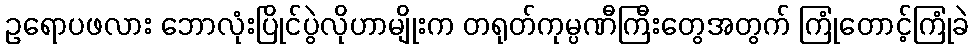
ဥရောပဖလား ဘောလုံးပြိုင်ပွဲလိုဟာမျိုးက တရုတ်ကုမ္ပဏီကြီးတွေအတွက် ကြုံတောင့်ကြုံခဲ